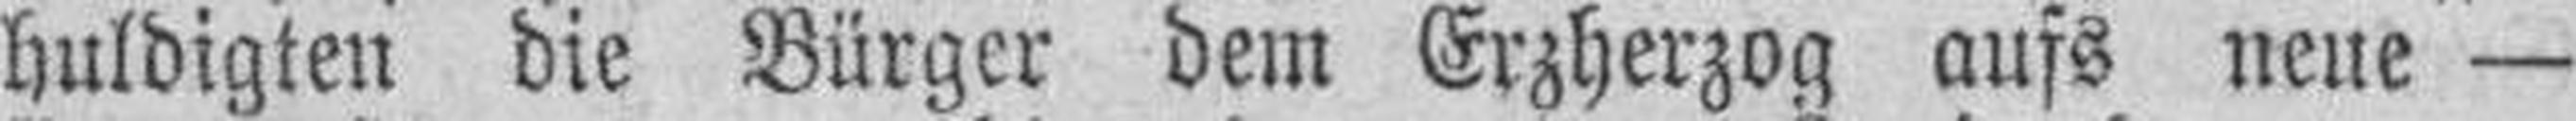
huldigten die Bürger dem Erzherzog aufs neue —